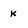
Character: k